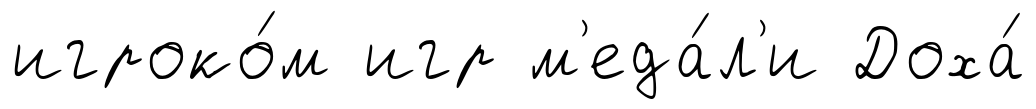
игроко́м игр м'еда́л'и Доха́